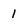
Character: 1